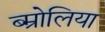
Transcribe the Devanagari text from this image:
ब्म्रोलिया